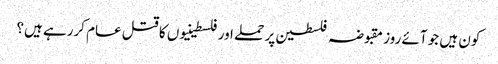
کون ہیں جو آئے روز مقبوضہ فلسطین پر حملے اور فلسطینیوں کا قتل عام کررہے ہیں؟